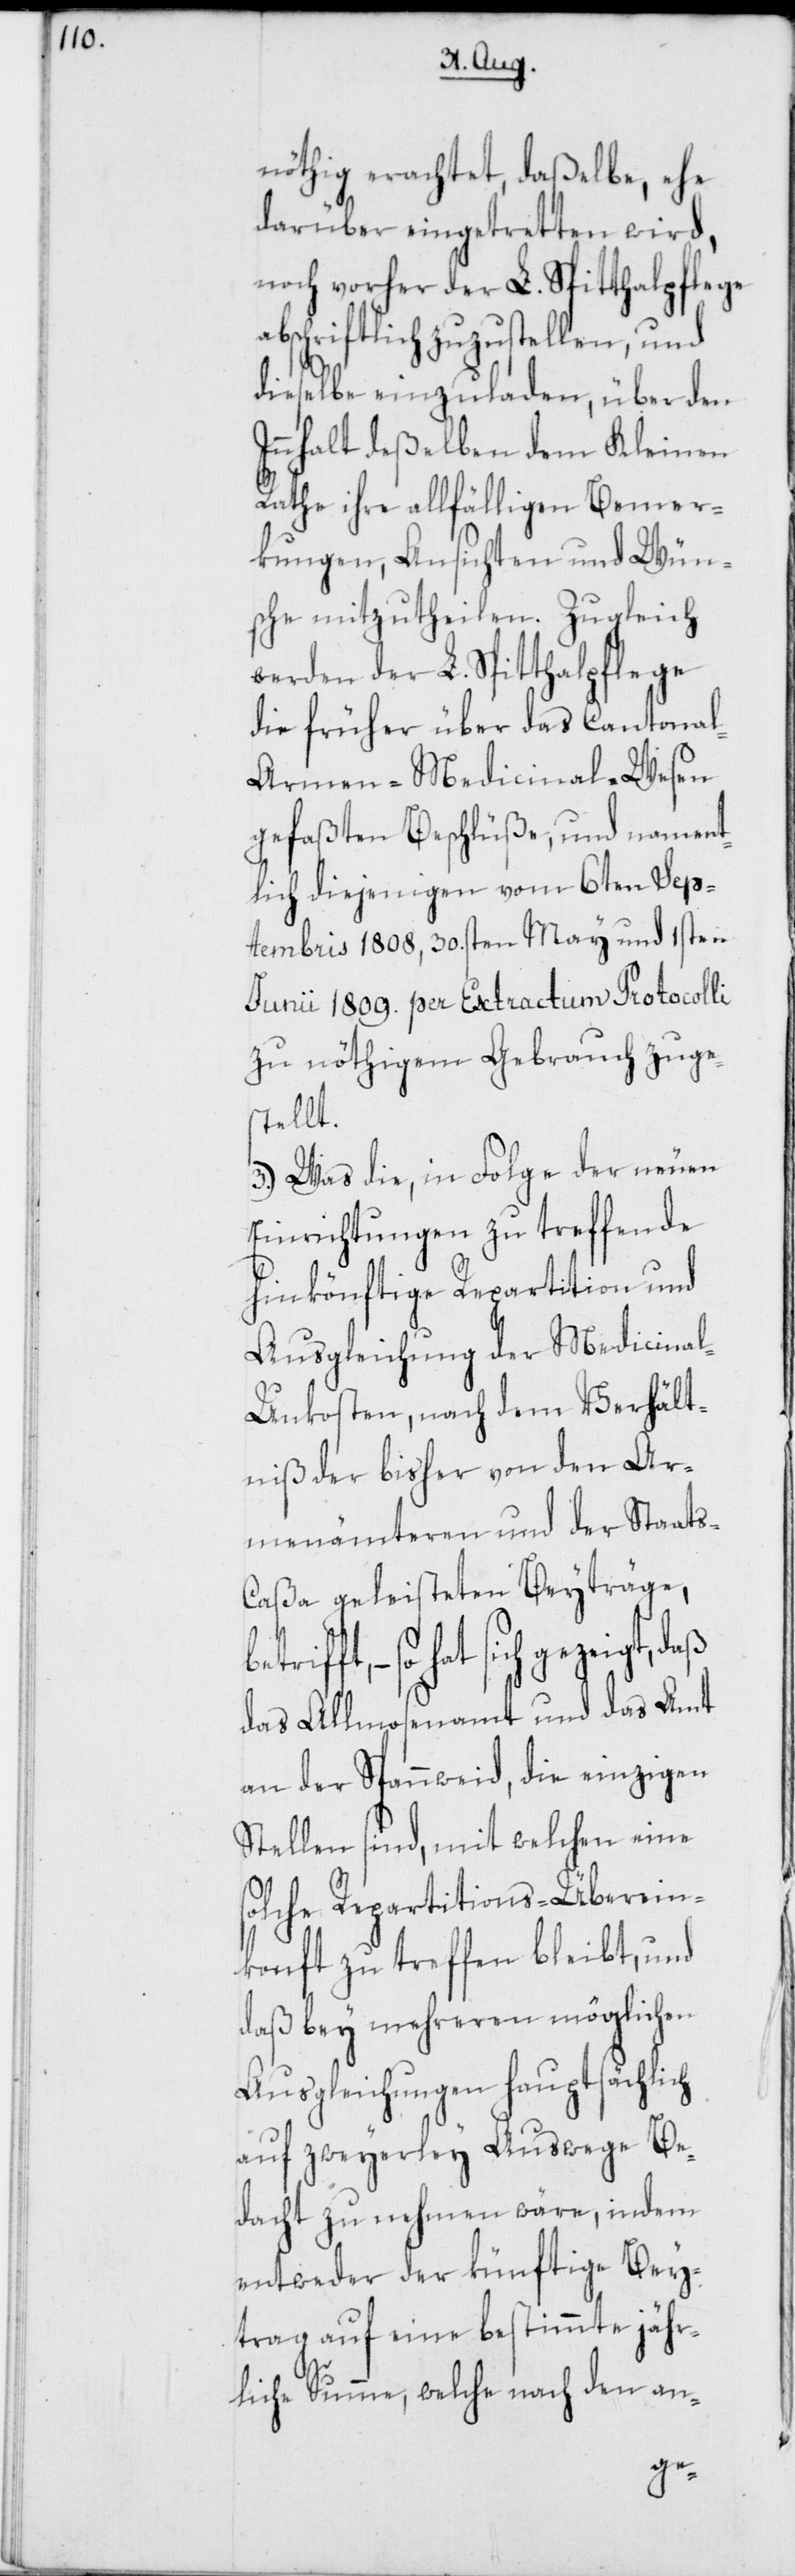
nöthig erachtet, daßelbe, ehe
darüber eingetretten wird,
noch vorher der L. Spitthalpflege
abschriftlich zuzustellen, und
dieselbe einzuladen, über den
Innhalt deßelben dem Kleinen
Rathe ihre allfälligen Bemer¬
kungen, Ansichten und Wün¬
sche mitzutheilen. Zugleich
werden der L. Spitthalpflege
die früher über das Cantona¬
l-Armen-Medicinal-Wesen
gefaßten Beschlüße, und nament¬
lich diejenigen vom 6ten Sep¬
tembris 1808, 30.sten May und 1sten
Junii 1809. per Extractum Protocolli
zu nöthigem Gebrauch zuge¬
stellt.
3.) Was die, in Folge der neuen
Einrichtungen zu treffende
hinkönftige Repartition und
Ausgleichung der Medicina¬
l-Unkosten, nach dem Verhält¬
niß der bisher von den Ar¬
menämteren und der Staats-C¬
aßa geleisteten Beyträge
hat sich gezeigt, daß
das Allmosenamt und das Amt
an der Spannweid, die einzigen
Stellen sind, mit welchen eine
solche Repartitions-Überein¬
konft zu treffen bleibt, und
daß bey mehreren möglichen
Ausgleichungen hauptsächlich
auf zweyerley Auswege Be¬
dacht zu nehmen wäre, indem
entweder der künftige Bey¬
trag auf eine bestimmte jähr¬
liche Summe, welche nach den an-